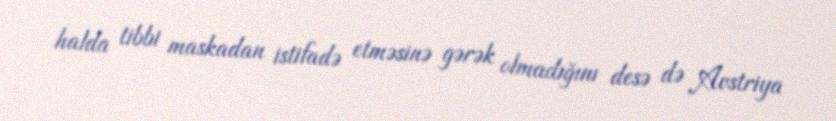
halda tibbi maskadan istifadə etməsinə gərək olmadığını desə də Avstriya